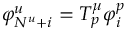
\varphi _ { N ^ { u } + i } ^ { u } = T _ { p } ^ { \mu } \varphi _ { i } ^ { p }